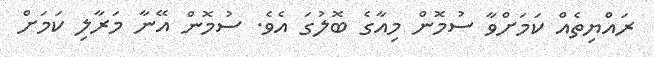
ރައްޔިތެއް ކަމަށްވާ ސުމޮން މިއާގެ ބޮލުގަ އެވެ. ސުމޮން އޭނާ މަރާލި ކަމަށް